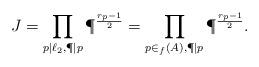
LaTeX: \begin{align*}J = \prod_{p|\ell_2,\P|p}\P^{\frac{r_p-1}{2}}=\prod_{p\in_f(A),\P|p}\P^{\frac{r_p-1}{2}}.\end{align*}